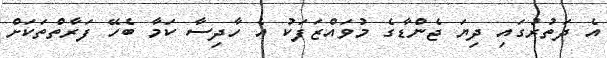
އެ ދަތުރުގައި ދިޔަ ޖެންޑާގެ މުވައްޒަފަކު އެ ހާދިސާ ކަމާ ބެހޭ ފަރާތްތަކަށް